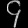
Digit: ၄